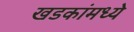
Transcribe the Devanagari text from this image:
खडकांंमध्ये